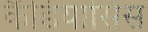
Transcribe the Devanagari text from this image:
कैंडियासिस